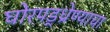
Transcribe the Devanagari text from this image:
घोरपड्ध्रेण्याचा